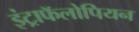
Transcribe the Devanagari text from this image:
इंट्राफॅलोपियन